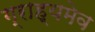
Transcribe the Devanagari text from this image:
ग्राह्यमेव